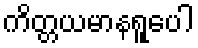
ကိတ္တယမာနရူပေါ